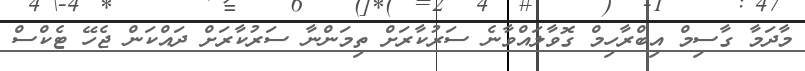
މާދަމާ ގާސިމް އިބްރާހިމް ގޮވާލައްވާނެ ސަރުކާރަށް ތިމަންނާ ސަރުކާރަށް ދައްކަން ޖެހޭ ޓެކްސް